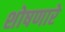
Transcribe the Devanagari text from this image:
शोषणारे